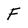
Character: F